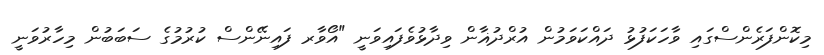
މިކޮންފަރެންސްގައި ވާހަކަފުޅު ދައްކަވަމުން އުރްދުޣާން ވިދާޅުވެފައިވަނީ "އޯވާރ ފައިނޭންސް ކުރުމުގެ ސަބަބުން މިހާރުވަނީ